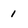
Character: 1